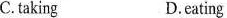
C.taking D.eating